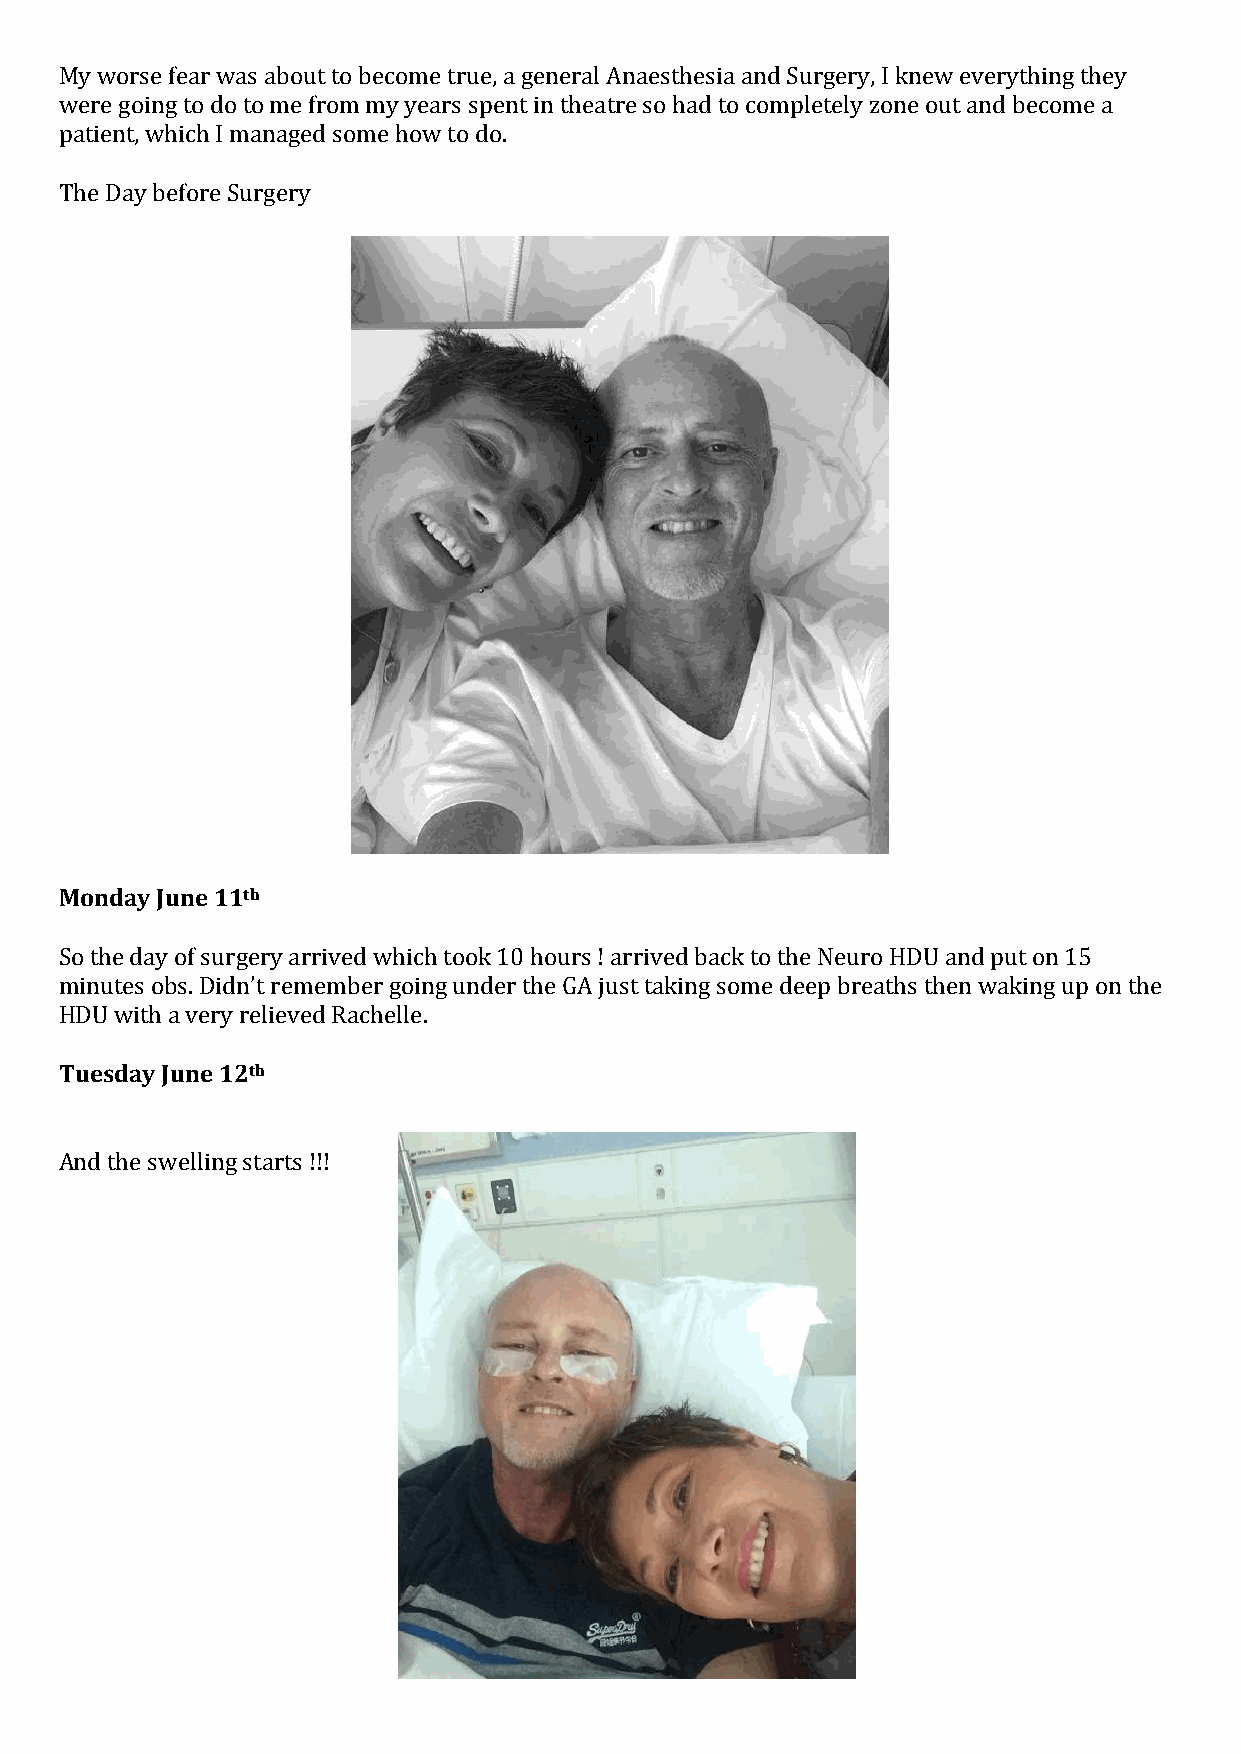
My worse fear was about to become true, a general Anaesthesia and Surgery, I knew everything they
 were going to do to me from my years spent in theatre so had to completely zone out and become a
 patient, which I managed some how to do.
 The Day before Surgery
 Monday June 11th
 So the day of surgery arrived which took 10 hours ! arrived back to the Neuro HDU and put on 15
 minutes obs. Didn’t remember going under the GA just taking some deep breaths then waking up on the
 HDU with a very relieved Rachelle.
 Tuesday June 12th
 And the swelling starts !!!